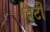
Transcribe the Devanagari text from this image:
ब्रिटी